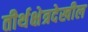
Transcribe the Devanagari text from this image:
तीर्थक्षेत्रदेखील